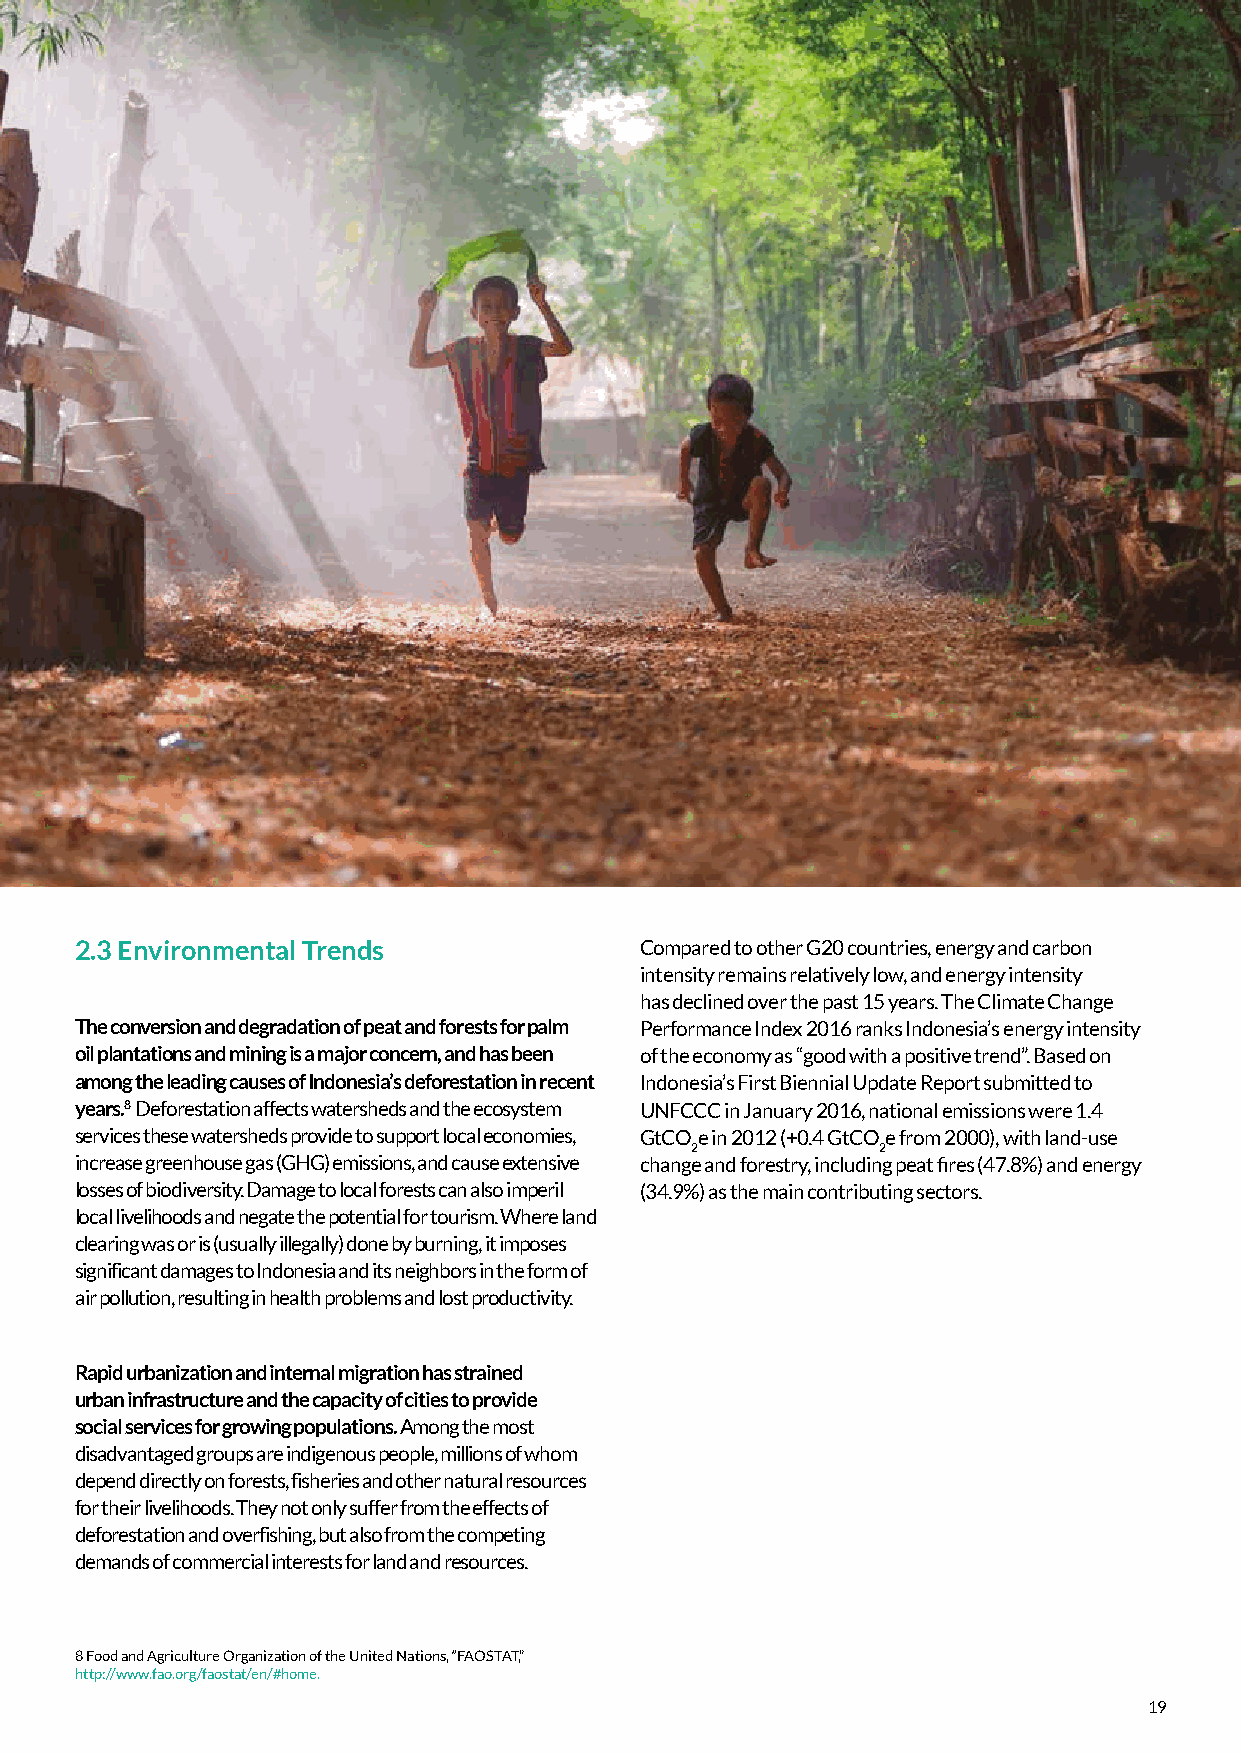
2.3 Environmental Trends             Compared to other G20 countries, energy and carbon
 intensity remains relatively low, and energy intensity
 has declined over the past 15 years. The Climate Change
 The conversion and degradation of peat and forests for palm Performance Index 2016 ranks Indonesia’s energy intensity
 oil plantations and mining is a major concern, and has been of the economy as “good with a positive trend”. Based on
 among the leading causes of Indonesia’s deforestation in recent Indonesia’s First Biennial Update Report submitted to
 years.8 Deforestation affects watersheds and the ecosystem UNFCCC in January 2016, national emissions were 1.4
 services these watersheds provide to support local economies, GtCOe in 2012 (+0.4 GtCOe from 2000), with land-use
 2           2
 increase greenhouse gas (GHG) emissions, and cause extensive change and forestry, including peat fires (47.8%) and energy
 losses of biodiversity. Damage to local forests can also imperil (34.9%) as the main contributing sectors.
 local livelihoods and negate the potential for tourism. Where land
 clearing was or is (usually illegally) done by burning, it imposes
 significant damages to Indonesia and its neighbors in the form of
 air pollution, resulting in health problems and lost productivity.
 Rapid urbanization and internal migration has strained
 urban infrastructure and the capacity of cities to provide
 social services for growing populations. Among the most
 disadvantaged groups are indigenous people, millions of whom
 depend directly on forests, fisheries and other natural resources
 for their livelihoods. They not only suffer from the effects of
 deforestation and overfishing, but also from the competing
 demands of commercial interests for land and resources.
 8 Food and Agriculture Organization of the United Nations, “FAOSTAT,”
 http://www.fao.org/faostat/en/#home.
 19